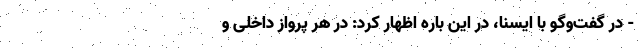
- در گفت‌وگو با ایسنا، در این باره اظهار کرد: در هر پرواز داخلی و